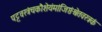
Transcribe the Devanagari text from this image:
पट्टवस्त्रंचकौशेयंमांजिष्ठंश्वेतवस्त्रकं